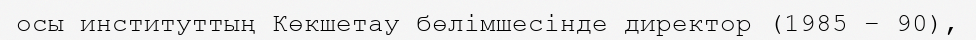
осы институттың Көкшетау бөлімшесінде директор (1985 – 90),